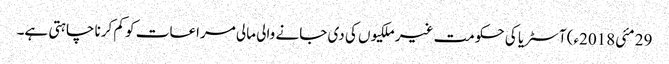
29 مئی2018ء) آسٹریا کی حکومت غیر ملکیوں کی دی جانے والی مالی مراعات کو کم کرنا چاہتی ہے۔